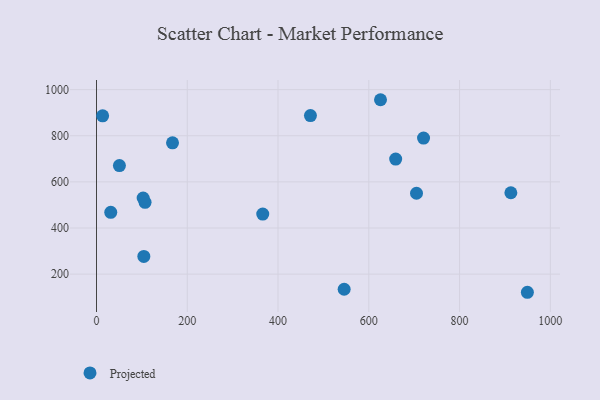
{"axis": {"x": "Distance", "y": "Rating"}, "legend": ["Projected"], "data": [{"x": "659.2", "y": 698.9, "type": "Projected"}, {"x": "104.3", "y": 276.6, "type": "Projected"}, {"x": "50.5", "y": 670.6, "type": "Projected"}, {"x": "13.5", "y": 886.5, "type": "Projected"}, {"x": "705.1", "y": 550.6, "type": "Projected"}, {"x": "949.4", "y": 121.2, "type": "Projected"}, {"x": "625.8", "y": 956.3, "type": "Projected"}, {"x": "107.0", "y": 511.5, "type": "Projected"}, {"x": "471.4", "y": 887.7, "type": "Projected"}, {"x": "545.7", "y": 134.4, "type": "Projected"}, {"x": "31.4", "y": 468.1, "type": "Projected"}, {"x": "102.8", "y": 530.0, "type": "Projected"}, {"x": "366.3", "y": 460.2, "type": "Projected"}, {"x": "720.6", "y": 789.9, "type": "Projected"}, {"x": "167.5", "y": 769.5, "type": "Projected"}, {"x": "913.0", "y": 552.8, "type": "Projected"}]}